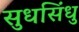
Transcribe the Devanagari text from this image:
सुधसिंधु